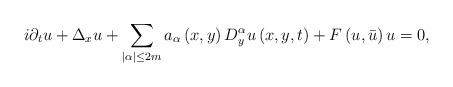
LaTeX: \begin{align*}i\partial _{t}u+\Delta _{x}u+\sum\limits_{\left\vert \alpha \right\vert \leq2m}a_{\alpha }\left( x,y\right) D_{y}^{\alpha }u\left( x,y,t\right) +F\left(u,\bar{u}\right) u=0, \end{align*}